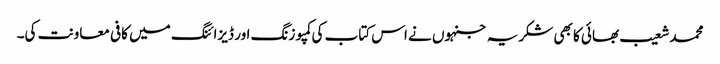
محمد شعیب بھائی کا بھی شکریہ جنہوں نے اس کتاب کی کمپوزنگ اور ڈیزائنگ میں کافی معاونت کی۔